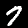
Label: 7